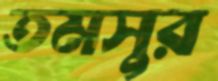
তমসুর